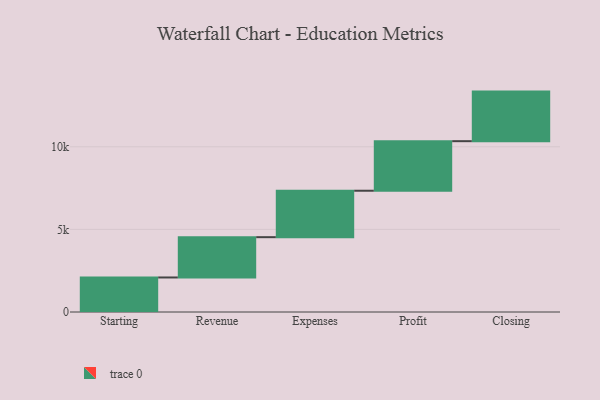
{"axis": {"x": "Step", "y": "Value"}, "legend": [""], "data": [{"x": "Starting", "y": 2090.0, "type": ""}, {"x": "Revenue", "y": 2439.0, "type": ""}, {"x": "Expenses", "y": 2811.0, "type": ""}, {"x": "Profit", "y": 3000, "type": ""}, {"x": "Closing", "y": 3000, "type": ""}]}